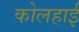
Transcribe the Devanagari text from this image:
कोलहाई